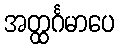
အတ္ထင်္ဂမာပေ